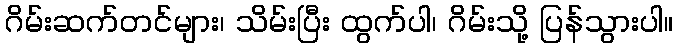
ဂိမ်းဆက်တင်များ၊ သိမ်းပြီး ထွက်ပါ၊ ဂိမ်းသို့ ပြန်သွားပါ။